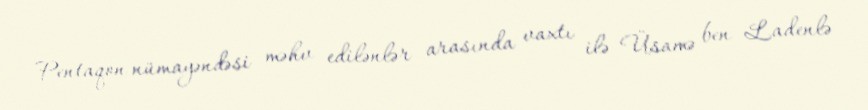
Pentaqon nümayəndəsi məhv edilənlər arasında vaxtı ilə Üsamə ben Ladenlə